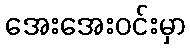
အေးအေးဝင်းမှာ